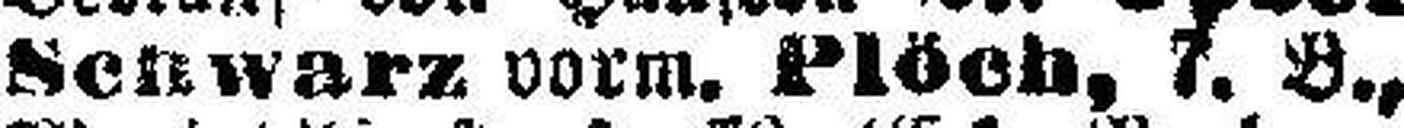
Schwaz vorm. Plöch, 7. B.,